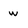
Character: w